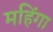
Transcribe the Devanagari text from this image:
महिंगा